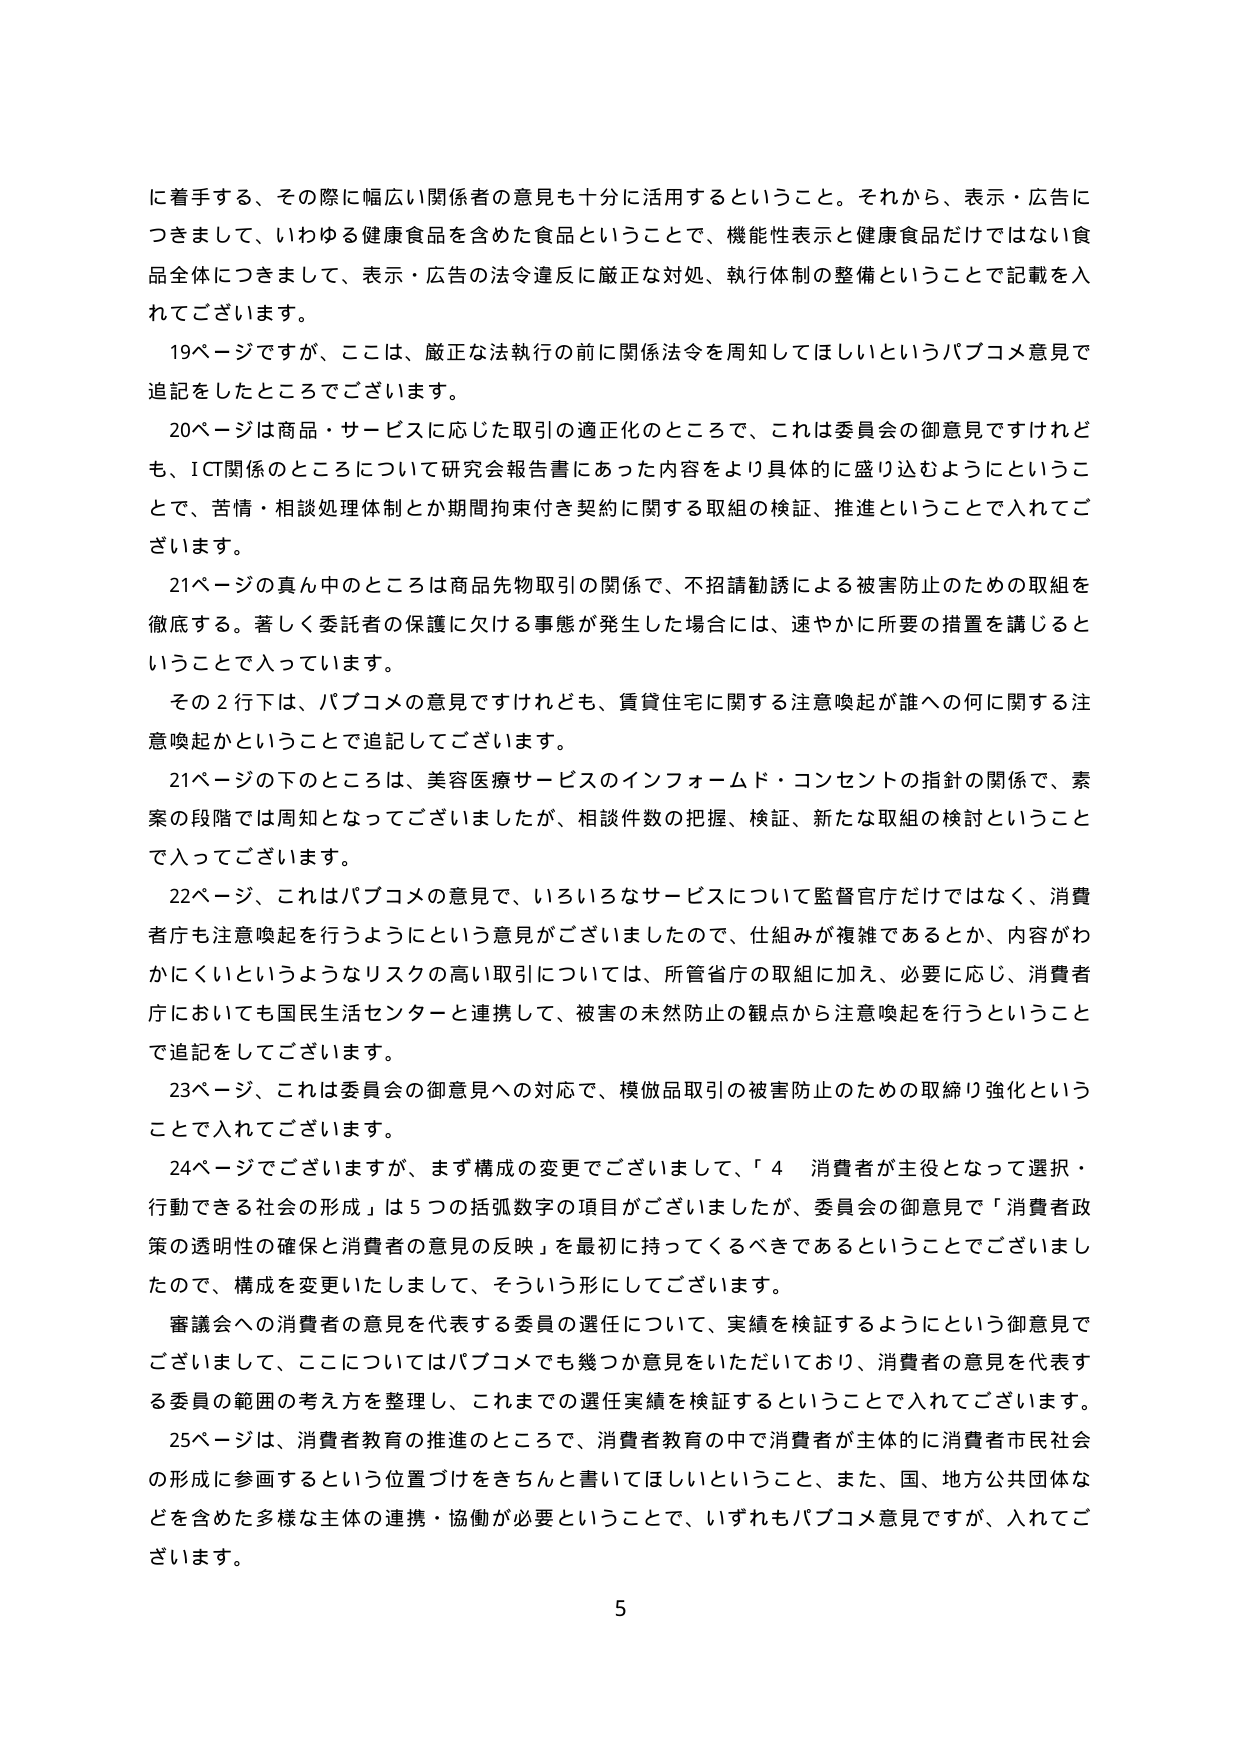
に着手する、その際に幅広い関係者の意見も十分に活用するということ。それから、表示・広告につきまして、いわゆる健康食品を含めた食品ということで、機能性表示と健康食品だけではない食品全体につきまして、表示・広告の法令違反に厳正な対処、執行体制の整備ということで記載を入れてございます。

19ページですが、ここは、厳正な法執行の前に関係法令を周知してほしいというパブコメ意見で追記をしたところでございます。

20ページは商品・サービスに応じた取引の適正化のところで、これは委員会の御意見ですけれども、ICT関係のところについて研究会報告書にあった内容をより具体的に盛り込むようにということで、苦情・相談処理体制とか期間拘束付き契約に関する取組の検証、推進ということで入れてございます。

21ページの真ん中のところは商品先物取引の関係で、不招請勧誘による被害防止のための取組を徹底する。著しく委託者の保護に欠ける事態が発生した場合には、速やかに所要の措置を講じるということで入っています。

その2行下は、パブコメの意見ですけれども、賃貸住宅に関する注意喚起が誰への何に関する注意喚起かということで追記してございます。

21ページの下のところは、美容医療サービスのインフォームド・コンセントの指針の関係で、素案の段階では周知となってございましたが、相談件数の把握、検証、新たな取組の検討ということで入ってございます。

22ページ、これはパブコメの意見で、いろいろなサービスについて監督官庁だけではなく、消費者庁も注意喚起を行うようにという意見がございましたので、仕組みが複雑であるとか、内容がわかりにくいというようなリスクの高い取引については、所管省庁の取組に加え、必要に応じ、消費者庁においても国民生活センターと連携して、被害の未然防止の観点から注意喚起を行うということで追記をしてございます。

23ページ、これは委員会の御意見への対応で、模倣品取引の被害防止のための取締り強化ということで入れてございます。

24ページでございますが、まず構成の変更でございまして、「4 消費者が主役となって選択・行動できる社会の形成」は5つの括弧数字の項目がございましたが、委員会の御意見で「消費者政策の透明性の確保と消費者の意見の反映」を最初に持ってくるべきであるということでございましたので、構成を変更いたしまして、そういう形にしてございます。

審議会への消費者の意見を代表する委員の選任について、実績を検証するようにという御意見でございまして、ここについてはパブコメでも幾つか意見をいただいており、消費者の意見を代表する委員の範囲の考え方を整理し、これまでの選任実績を検証するということで入れてございます。

25ページは、消費者教育の推進のところで、消費者教育の中で消費者が主体的に消費者市民社会の形成に参画するという位置づけをきちんと書いてほしいということ、また、国、地方公共団体などを含めた多様な主体の連携・協働が必要ということで、いずれもパブコメ意見ですが、入れてございます。

5